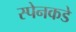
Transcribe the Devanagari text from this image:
स्पेनकडे